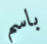
باسم